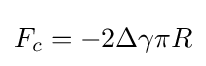
F_{c}=-2\Delta \gamma \pi R